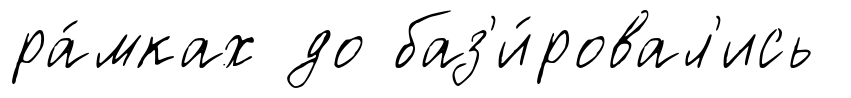
ра́мках до баз'и́ровал'ись